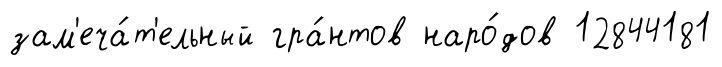
зам'еча́т'ельный гра́нтов наро́дов 12844181